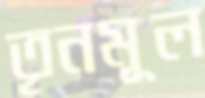
তৃনমূল